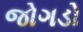
જોગડો